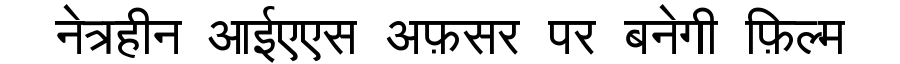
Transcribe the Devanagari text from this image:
नेत्रहीन आईएएस अफ़सर पर बनेगी फ़िल्म